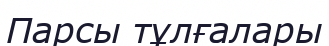
Парсы тұлғалары